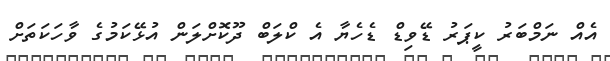
އެއް ނަމްބަރު ކީޕަރު ޑޭވިޑް ޑެހެޔާ އެ ކްލަބް ދޫކޮށްލަން އުޅޭކަމުގެ ވާހަކަތަށް